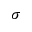
\sigma